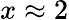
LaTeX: x\approx 2